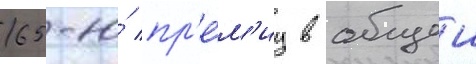
65-ю́ пр'е́м'иу в общеи